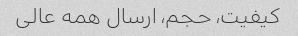
کیفیت، حجم، ارسال همه عالی